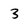
Character: 3